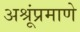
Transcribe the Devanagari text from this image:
अश्रूंप्रमाणे